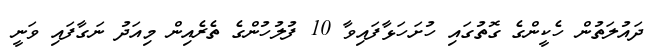
ދައުލަތުން ހެކީންގެ ގޮތުގައި ހުށަހަޅާފައިވާ 10 ފުލުހުންގެ ތެރެއިން މިއަދު ނަގާފައި ވަނީ